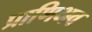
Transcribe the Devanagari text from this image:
प्राणिभव